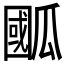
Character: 𭺙